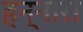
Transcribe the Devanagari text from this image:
हन्नारा